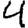
Digit: 4